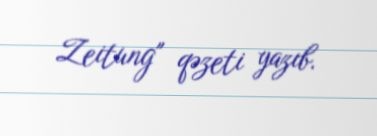
Zeitung" qəzeti yazıb.